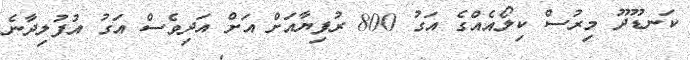
ކަނޑޫދޫ މިރުސް ކިލޯއެއްގެ އަގު 800 ރުފިޔާއަށް އަށް އަދިވެސް އަގު އުފުލިދާނެ